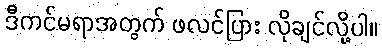
ဒီကင်မရာအတွက် ဖလင်ပြား လိုချင်လို့ပါ။